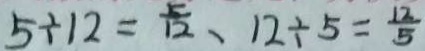
5 \div 1 2 = \frac { 5 } { 1 2 } 、 1 2 \div 5 = \frac { 1 2 } { 5 }